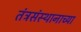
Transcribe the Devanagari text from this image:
तंत्रसंस्थानाच्या